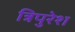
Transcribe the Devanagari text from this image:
त्रिपुरेश